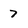
Character: 7